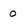
Character: o